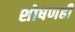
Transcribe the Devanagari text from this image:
शोषणही